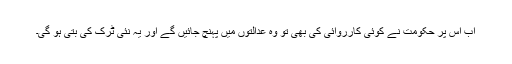
اب اس پر حکومت نے کوئی کارروائی کی بھی تو وہ عدالتوں میں پہنچ جائیں گے اور یہ نئی ٹرک کی بتی ہو گی۔